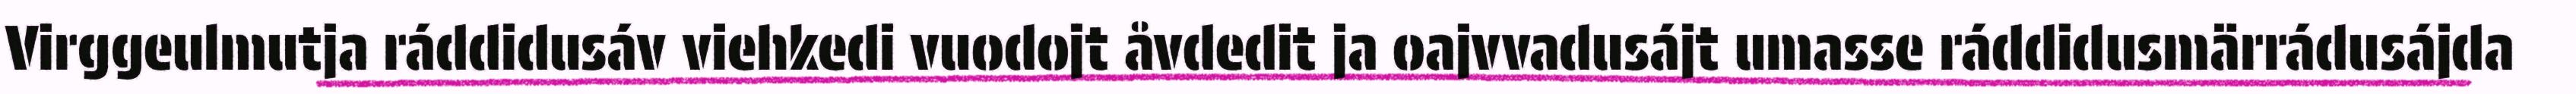
Virggeulmutja ráddidusáv viehkedi vuodojt åvdedit ja oajvvadusájt umasse ráddidusmärrádusájda